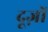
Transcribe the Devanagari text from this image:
दूज़ों